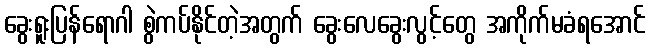
ခွေးရူးပြန်ရောဂါ စွဲကပ်နိုင်တဲ့အတွက် ခွေးလေခွေးလွင့်တွေ အကိုက်မခံရအောင်